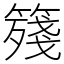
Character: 䉔